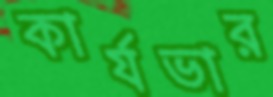
কার্যভার